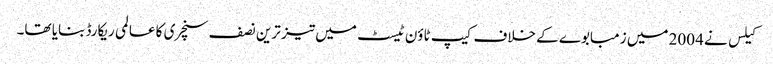
کیلس نے 2004 میں زمبابوے کے خلاف کیپ ٹاؤن ٹیسٹ میں تیز ترین نصف سنچری کا عالمی ریکارڈ بنایا تھا۔